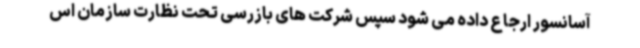
آسانسور ارجاع داده می شود سپس شرکت های بازرسی تحت نظارت سازمان اس